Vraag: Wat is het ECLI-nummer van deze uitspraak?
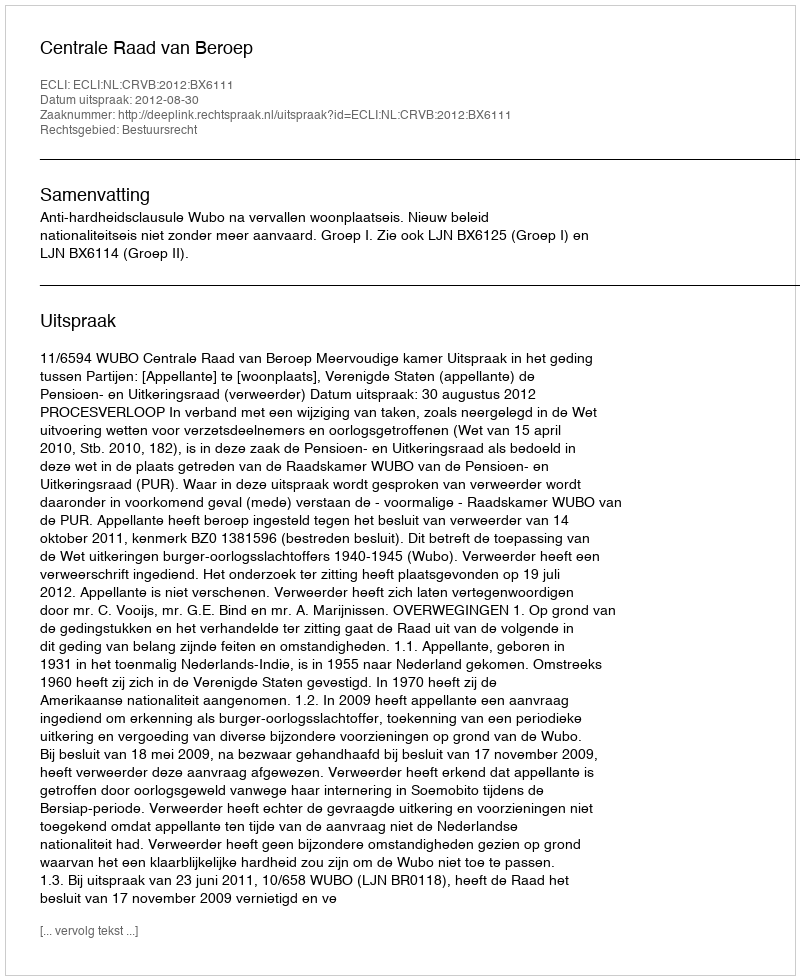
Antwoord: ECLI:NL:CRVB:2012:BX6111